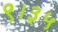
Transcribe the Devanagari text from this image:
९।३५